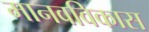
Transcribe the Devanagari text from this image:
मानवविकास